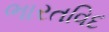
ભારતવિદ